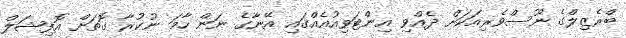
ބްރެޒިލްގެ ނޫސްވެރިއަކަށް ދެއްވި އިންޓަވިއުއެއްގައި އޭނާގެ ނަން ހާމަ ނުކުރާ ގޮތަށް އޮފިޝަލް